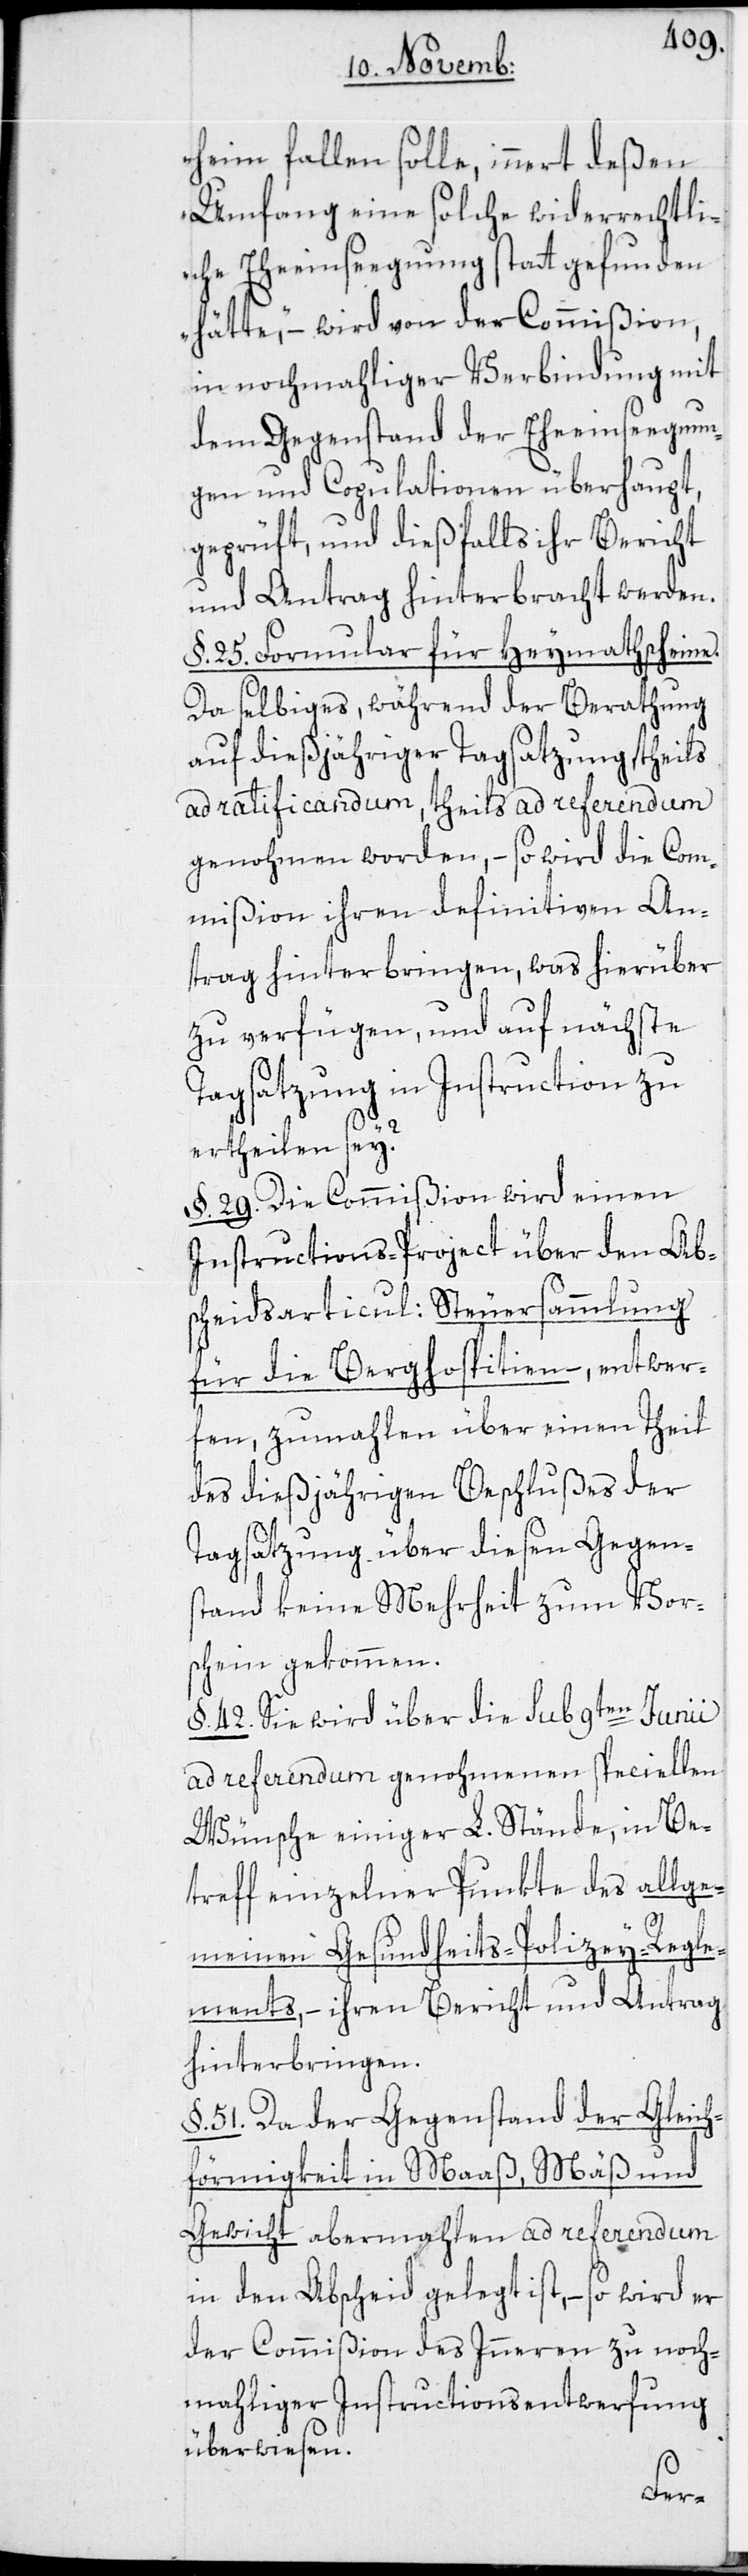
heim fallen solle, innert deßen
Umfang eine solche widerrechtli¬
che Eheeinseegnung statt gefunden
hätte,“ – wird von der Commißion,
in nochmahliger Verbindung mit
dem Gegenstand der Eheeinseegnun¬
gen und Copulationen überhaupt,
geprüft, und dießfalls ihr Bericht
und Antrag hinterbracht werden.
§. 25. Formular für Heymathscheine.
Da selbiges, während der Berathung
auf dießjähriger Tagsatzung, theils
ad ratificandum, theils ad referendum
genohmen worden, – so wird die Com¬
mißion ihren definitiven An¬
trag hinterbringen, was hierüber
zu verfügen, und auf nächste
Tagsatzung in Instruction zu
ertheilen sey?
§. 29. Die Commißion wird einen
Instructions-Project über den Ab¬
scheidsarticul: Steuersammlung
für die Berghospitien –, entwer¬
fen, zumahlen über einen Theil
des dießjährigen Beschlußes der
Tagsatzung über diesen Gegen¬
stand keine Mehrheit zum Vor¬
schein gekommen.
§. 42. Sie wird über die sub 9ten Junii
ad referendum genohmenen speciellen
Wünsche einiger L. Stände, in Be¬
treff einzelner Punkte des allge¬
meinen Gesundheits-Polizey-Regle¬
ments, – ihren Bericht und Antrag
hinterbringen.
§. 51. Da der Gegenstand der Gleich¬
förmigkeit in Maaß, Mäß und
Gewicht abermahlen ad referendum
in den Abscheid gelegt ist, – so wird er
der Commißion des Inneren zu noch¬
mahliger Instructionsentwerfung
überwiesen.